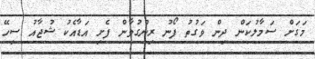
މަގަށް ސަމާލުކަން ދިން ވަގުތު ފޯނު ރިންގުވާން ފެށި އަޑާއެކު ޝުޖާއު ސިހޭ